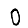
Digit: 0